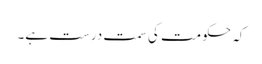
کہ حکومت کی سمت درست ہے۔